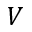
V